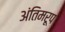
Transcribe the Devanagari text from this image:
अंतिमरूप